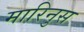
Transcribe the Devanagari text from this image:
मारिनुस